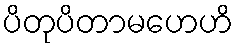
ပိတုပိတာမဟေဟိ